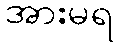
အားမရ